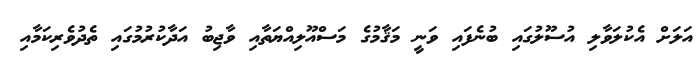
އަލަށް އެކުލަވާލި އުސޫލުގައި ބުނެފައި ވަނީ މަޤާމުގެ މަސްއޫލިއްޔަތާއި ވާޖިބު އަދާކުރުމުގައި ތެދުވެރިކަމާއި